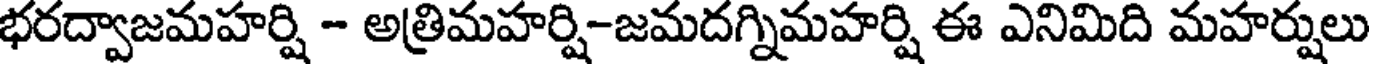
భరద్వాజమహర్షి - అత్రిమహర్షి-జమదగ్నిమహర్షి ఈ ఎనిమిది మహర్షులు